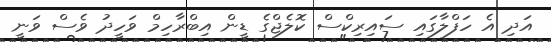
އަދި އެ ހަފްލާގައި ސައިރިކްސް ކޮލެޖްގެ ޑީން އިބްރާހިމް ވަހީދު ވެސް ވަނީ